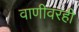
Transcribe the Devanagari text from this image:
वाणीवरही